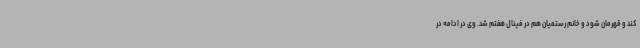
کند و قهرمان شود و خانم رستمیان هم در فینال هفتم شد. وی در ادامه در